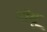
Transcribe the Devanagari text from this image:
गोधू